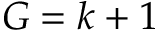
G = k + 1